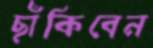
ছাঁকিবেন